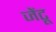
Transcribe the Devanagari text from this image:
जेंटू